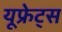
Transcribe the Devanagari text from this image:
यूफ्रेट्स